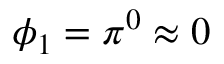
\phi _ { 1 } = \pi ^ { 0 } \approx 0 \qquad